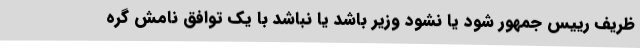
ظریف رییس جمهور شود یا نشود وزیر باشد یا نباشد با یک توافق نامش گره